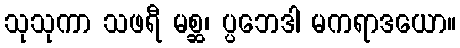
သုသုကာ သဖရီ မစ္ဆ၊ ပ္ပဘေဒါ မကရာဒယော။